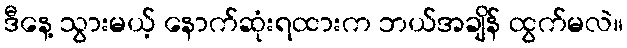
ဒီနေ့ သွားမယ့် နောက်ဆုံးရထားက ဘယ်အချိန် ထွက်မလဲ။